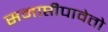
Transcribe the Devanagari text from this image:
समाप्तीपावेतो